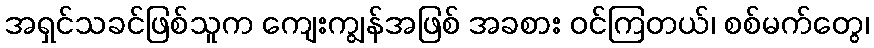
အရှင်သခင်ဖြစ်သူက ကျေးကျွန်အဖြစ် အခစား ဝင်ကြတယ်၊ စစ်မက်တွေ၊